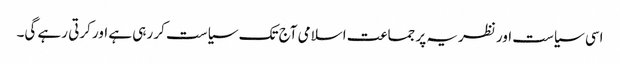
اسی سیاست اور نظریہ پر جماعت اسلامی آج تک سیاست کر رہی ہے اور کرتی رہے گی۔